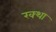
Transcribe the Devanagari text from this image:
रक्था